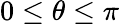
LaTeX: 0\leq\theta\leq\pi